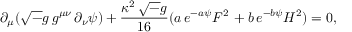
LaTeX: \partial _ { \mu } ( { \sqrt - g } \, g ^ { \mu \nu } \, \partial _ { \nu } \psi ) + { \frac { \kappa ^ { 2 } \, { \sqrt - g } } { 1 6 } } ( a \, e ^ { - a \psi } F ^ { 2 } \, + b \, e ^ { - b \psi } H ^ { 2 } ) = 0 ,